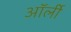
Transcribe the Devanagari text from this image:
ऑर्ली